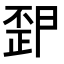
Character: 𭭪